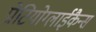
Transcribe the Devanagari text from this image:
प्रोटियोग्लाईकैन्स